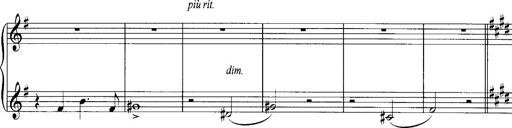
Title: Schlaflos! Frage und Antwort
Composer: Franz Liszt